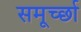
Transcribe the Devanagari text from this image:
समूर्च्छा